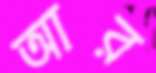
আর